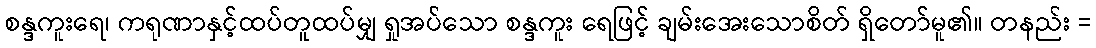
စန္ဒကူးရေ၊ ကရုဏာနှင့်ထပ်တူထပ်မျှ ရှုအပ်သော စန္ဒကူး ရေဖြင့် ချမ်းအေးသောစိတ် ရှိတော်မူ၏။ တနည်း =